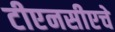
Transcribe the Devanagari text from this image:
टीएनसीएचे